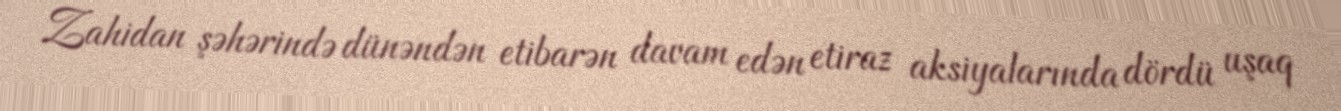
Zahidan şəhərində dünəndən etibarən davam edən etiraz aksiyalarında dördü uşaq